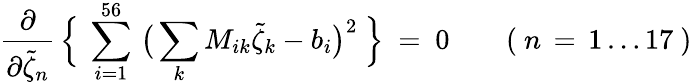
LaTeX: \frac{\partial}{\partial\tilde{\zeta}_{n}}\, \Big\{ \ \sum_{i=1}^{56}\, \big(\sum_{k}M_{ik}\tilde{\zeta}_{k}-b_{i}\big)^{2}\ \Big\} \ =\ 0\qquad(\ n\, =\, 1\ldots 17\ )